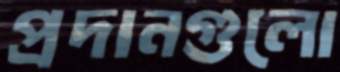
প্রদানগুলো